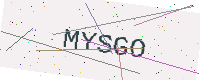
Text: MYSGO